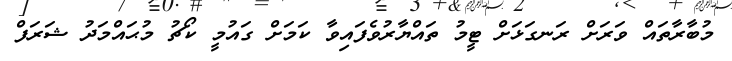
މުބާރާތައް ވަރަށް ރަނގަޅަށް ޓީމު ތައްޔާރުވެފައިވާ ކަމަށް ގައުމީ ކޯޗު މުޙައްމަދު ޝަރަފް